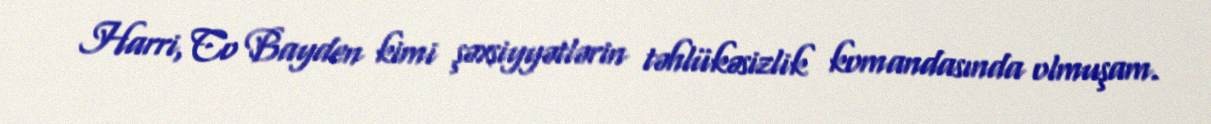
Harri, Co Bayden kimi şəxsiyyətlərin təhlükəsizlik komandasında olmuşam.